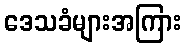
ဒေသခံများအကြား